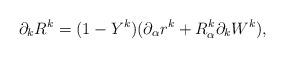
LaTeX: \begin{align*}\partial_k R^k = (1- Y^k)(\partial_\alpha r^k + R_\alpha^k \partial_k W^k),\end{align*}